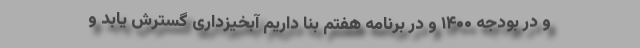
و در بودجه ۱۴۰۰ و در برنامه هفتم بنا داریم آبخیزداری گسترش یابد و